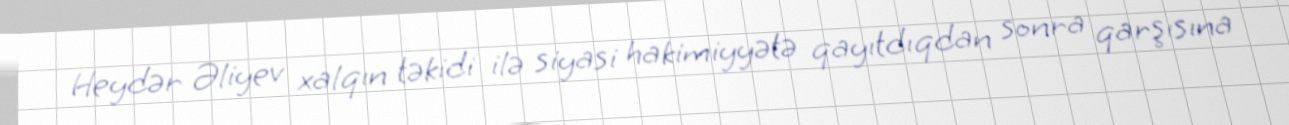
Heydər Əliyev xalqın təkidi ilə siyasi hakimiyyətə qayıtdıqdan sonra qarşısına